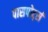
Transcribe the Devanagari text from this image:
पासपोर्ट्स